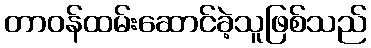
တာဝန်ထမ်းဆောင်ခဲ့သူဖြစ်သည်